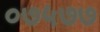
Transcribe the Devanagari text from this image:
०७५७७